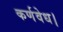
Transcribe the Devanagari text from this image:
कर्णवेध।